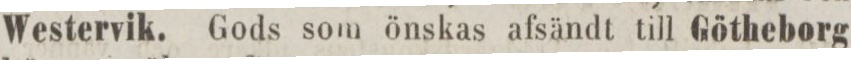
Westervik. Gods som önskas afsändt till Götheborg